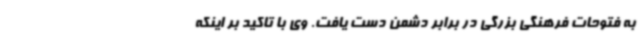
به فتوحات فرهنگی بزرگی در برابر دشمن دست یافت. وی با تاکید بر اینکه